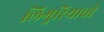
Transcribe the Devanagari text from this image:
लिगुरियाची